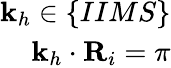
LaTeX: \begin{array}{r}{\mathbf{k}_{h}\in\{ IIMS\} }\\ {\mathbf{k}_{h}\cdot\mathbf{R}_{i}=\pi}\end{array}